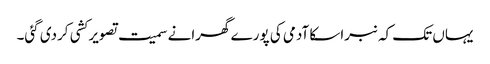
یہاں تک کہ نبراسکا آدمی کی پورے گھرانے سمیت تصویر کشی کردی گئی۔